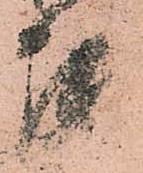
罷